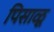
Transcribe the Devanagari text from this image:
पिसाळू